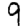
Digit: 9